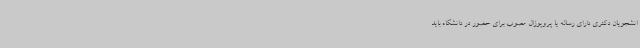
انشجویان دکتری دارای رساله یا پروپوزال مصوب برای حضور در دانشگاه باید